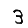
Digit: 3